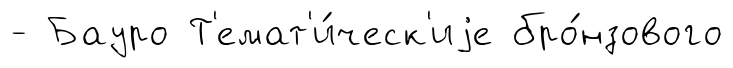
- Бауро Т'емат'и́ческ'иjе бро́нзового